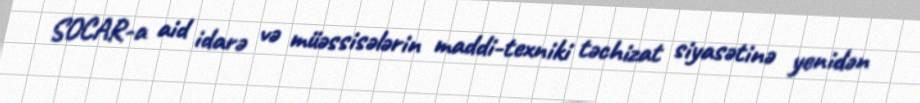
SOCAR-a aid idarə və müəssisələrin maddi-texniki təchizat siyasətinə yenidən